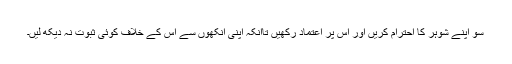
سو اپنے شوہر کا احترام کریں اور اس پر اعتماد رکھیں تاآنکہ اپنی آنکھوں سے اس کے خلاف کوئی ثبوت نہ دیکھ لیں۔